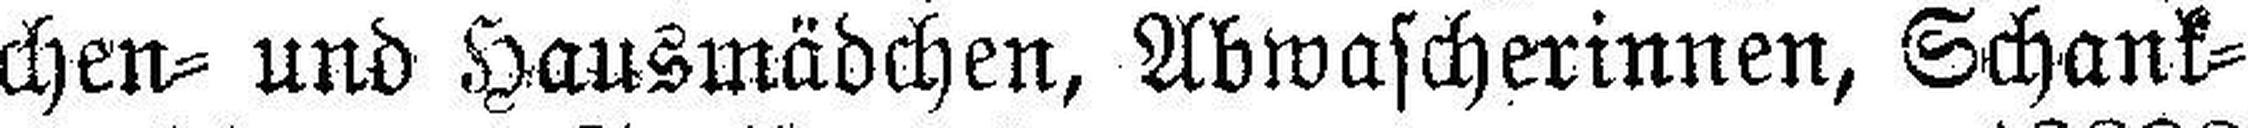
chen= und Hausmädchen, Abwascherinnen, Schank¬